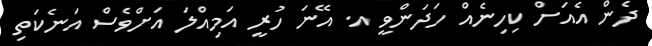
ދެން އެއަށް ކިހިނެއް ހަދަންވީ އ. އޭނަ ހުރީ އަމިއްލަ އަށްވެސް އަނެކަތި